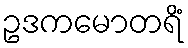
ဥဒကမောတရိံ